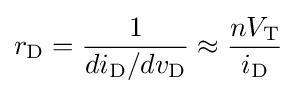
r_{\text{D}}={\frac {1}{di_{\text{D}}/dv_{\text{D}}}}\approx {\frac {nV_{\text{T}}}{i_{\text{D}}}}